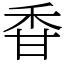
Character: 𥞌